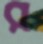
র